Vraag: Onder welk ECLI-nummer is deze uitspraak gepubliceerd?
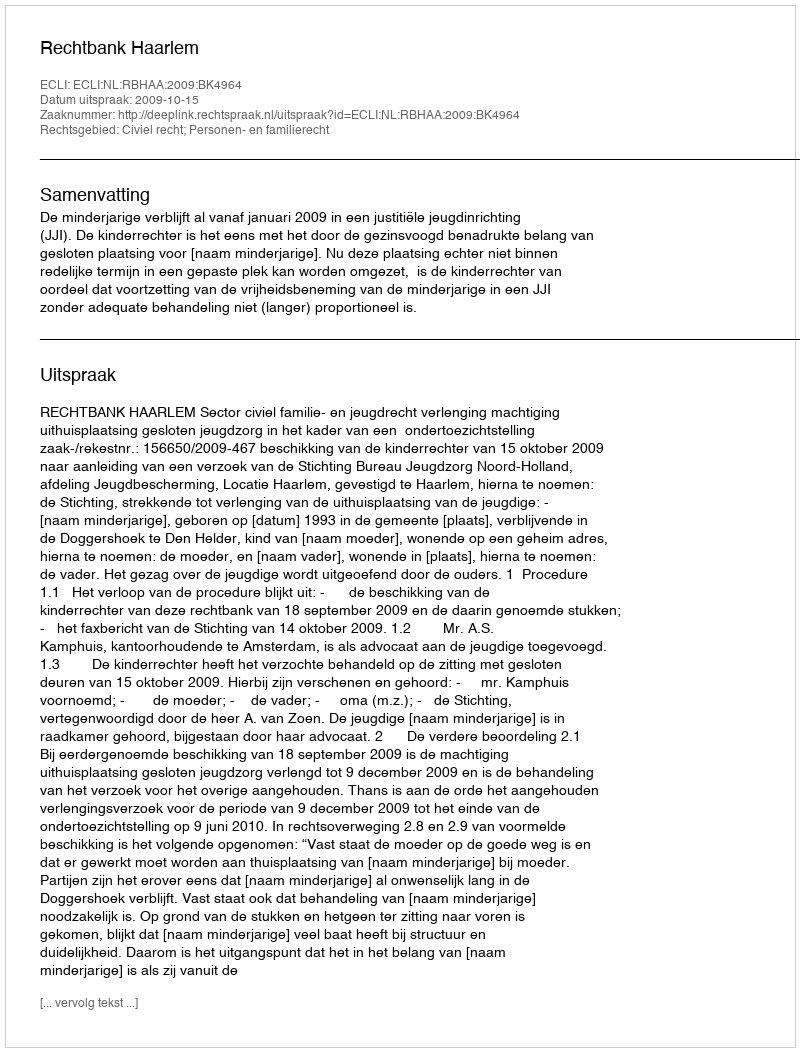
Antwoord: ECLI:NL:RBHAA:2009:BK4964